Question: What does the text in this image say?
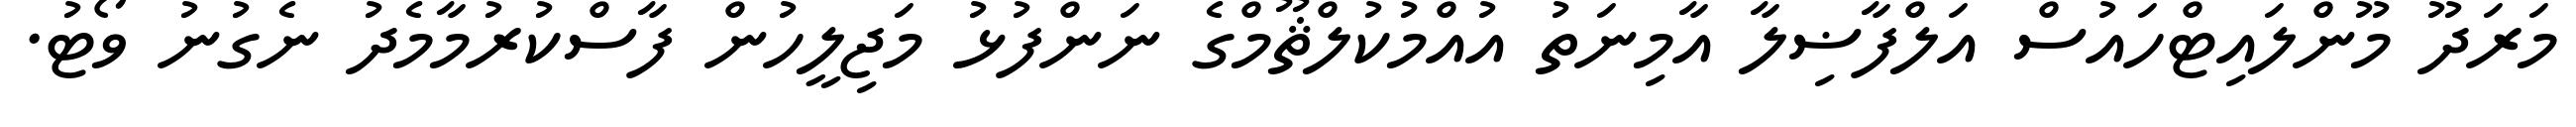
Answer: މަރަދޫ މޫންލައިޓްހައުސް އަލްފާޟިލާ އާމިނަތު އުއްމުކުލްޘޫމްގެ ނަންފުޅު މަޖިލީހުން ފާސްކުރުމާމެދު ނެގުނު ވޯޓު.